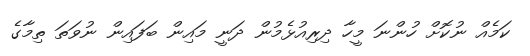
ކަމެއް ނުކޮށް ހުންނަ މީހާ ދިރިއުޅެމުން ދަނީ މައިން ބަފައިން ނުވަތަ ތިމާގެ